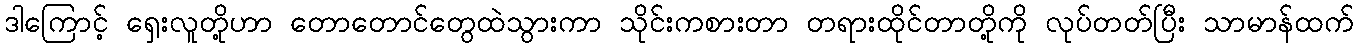
ဒါကြောင့် ရှေးလူတို့ဟာ တောတောင်တွေထဲသွားကာ သိုင်းကစားတာ တရားထိုင်တာတို့ကို လုပ်တတ်ပြီး သာမာန်ထက်